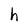
Character: h